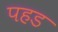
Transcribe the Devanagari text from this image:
पहड